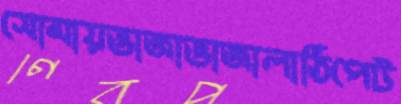
সোমায়ভাজাভাজালাঠিপেট